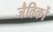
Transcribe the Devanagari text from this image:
जैविकों